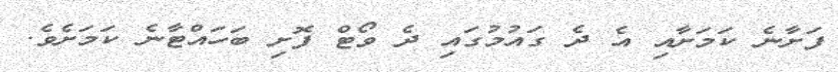
ފަށާނެ ކަމަށާއި އެ ދެ ގައުމުގައި ދެ ވޯޓް ފޮށި ބަހައްޓާނެ ކަމަށެވެ.